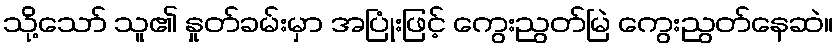
သို့သော် သူ၏ နှုတ်ခမ်းမှာ အပြုံးဖြင့် ကွေးညွတ်မြဲ ကွေးညွတ်နေဆဲ။